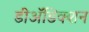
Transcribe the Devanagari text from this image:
डीअॅडिक्शन